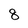
Character: 8